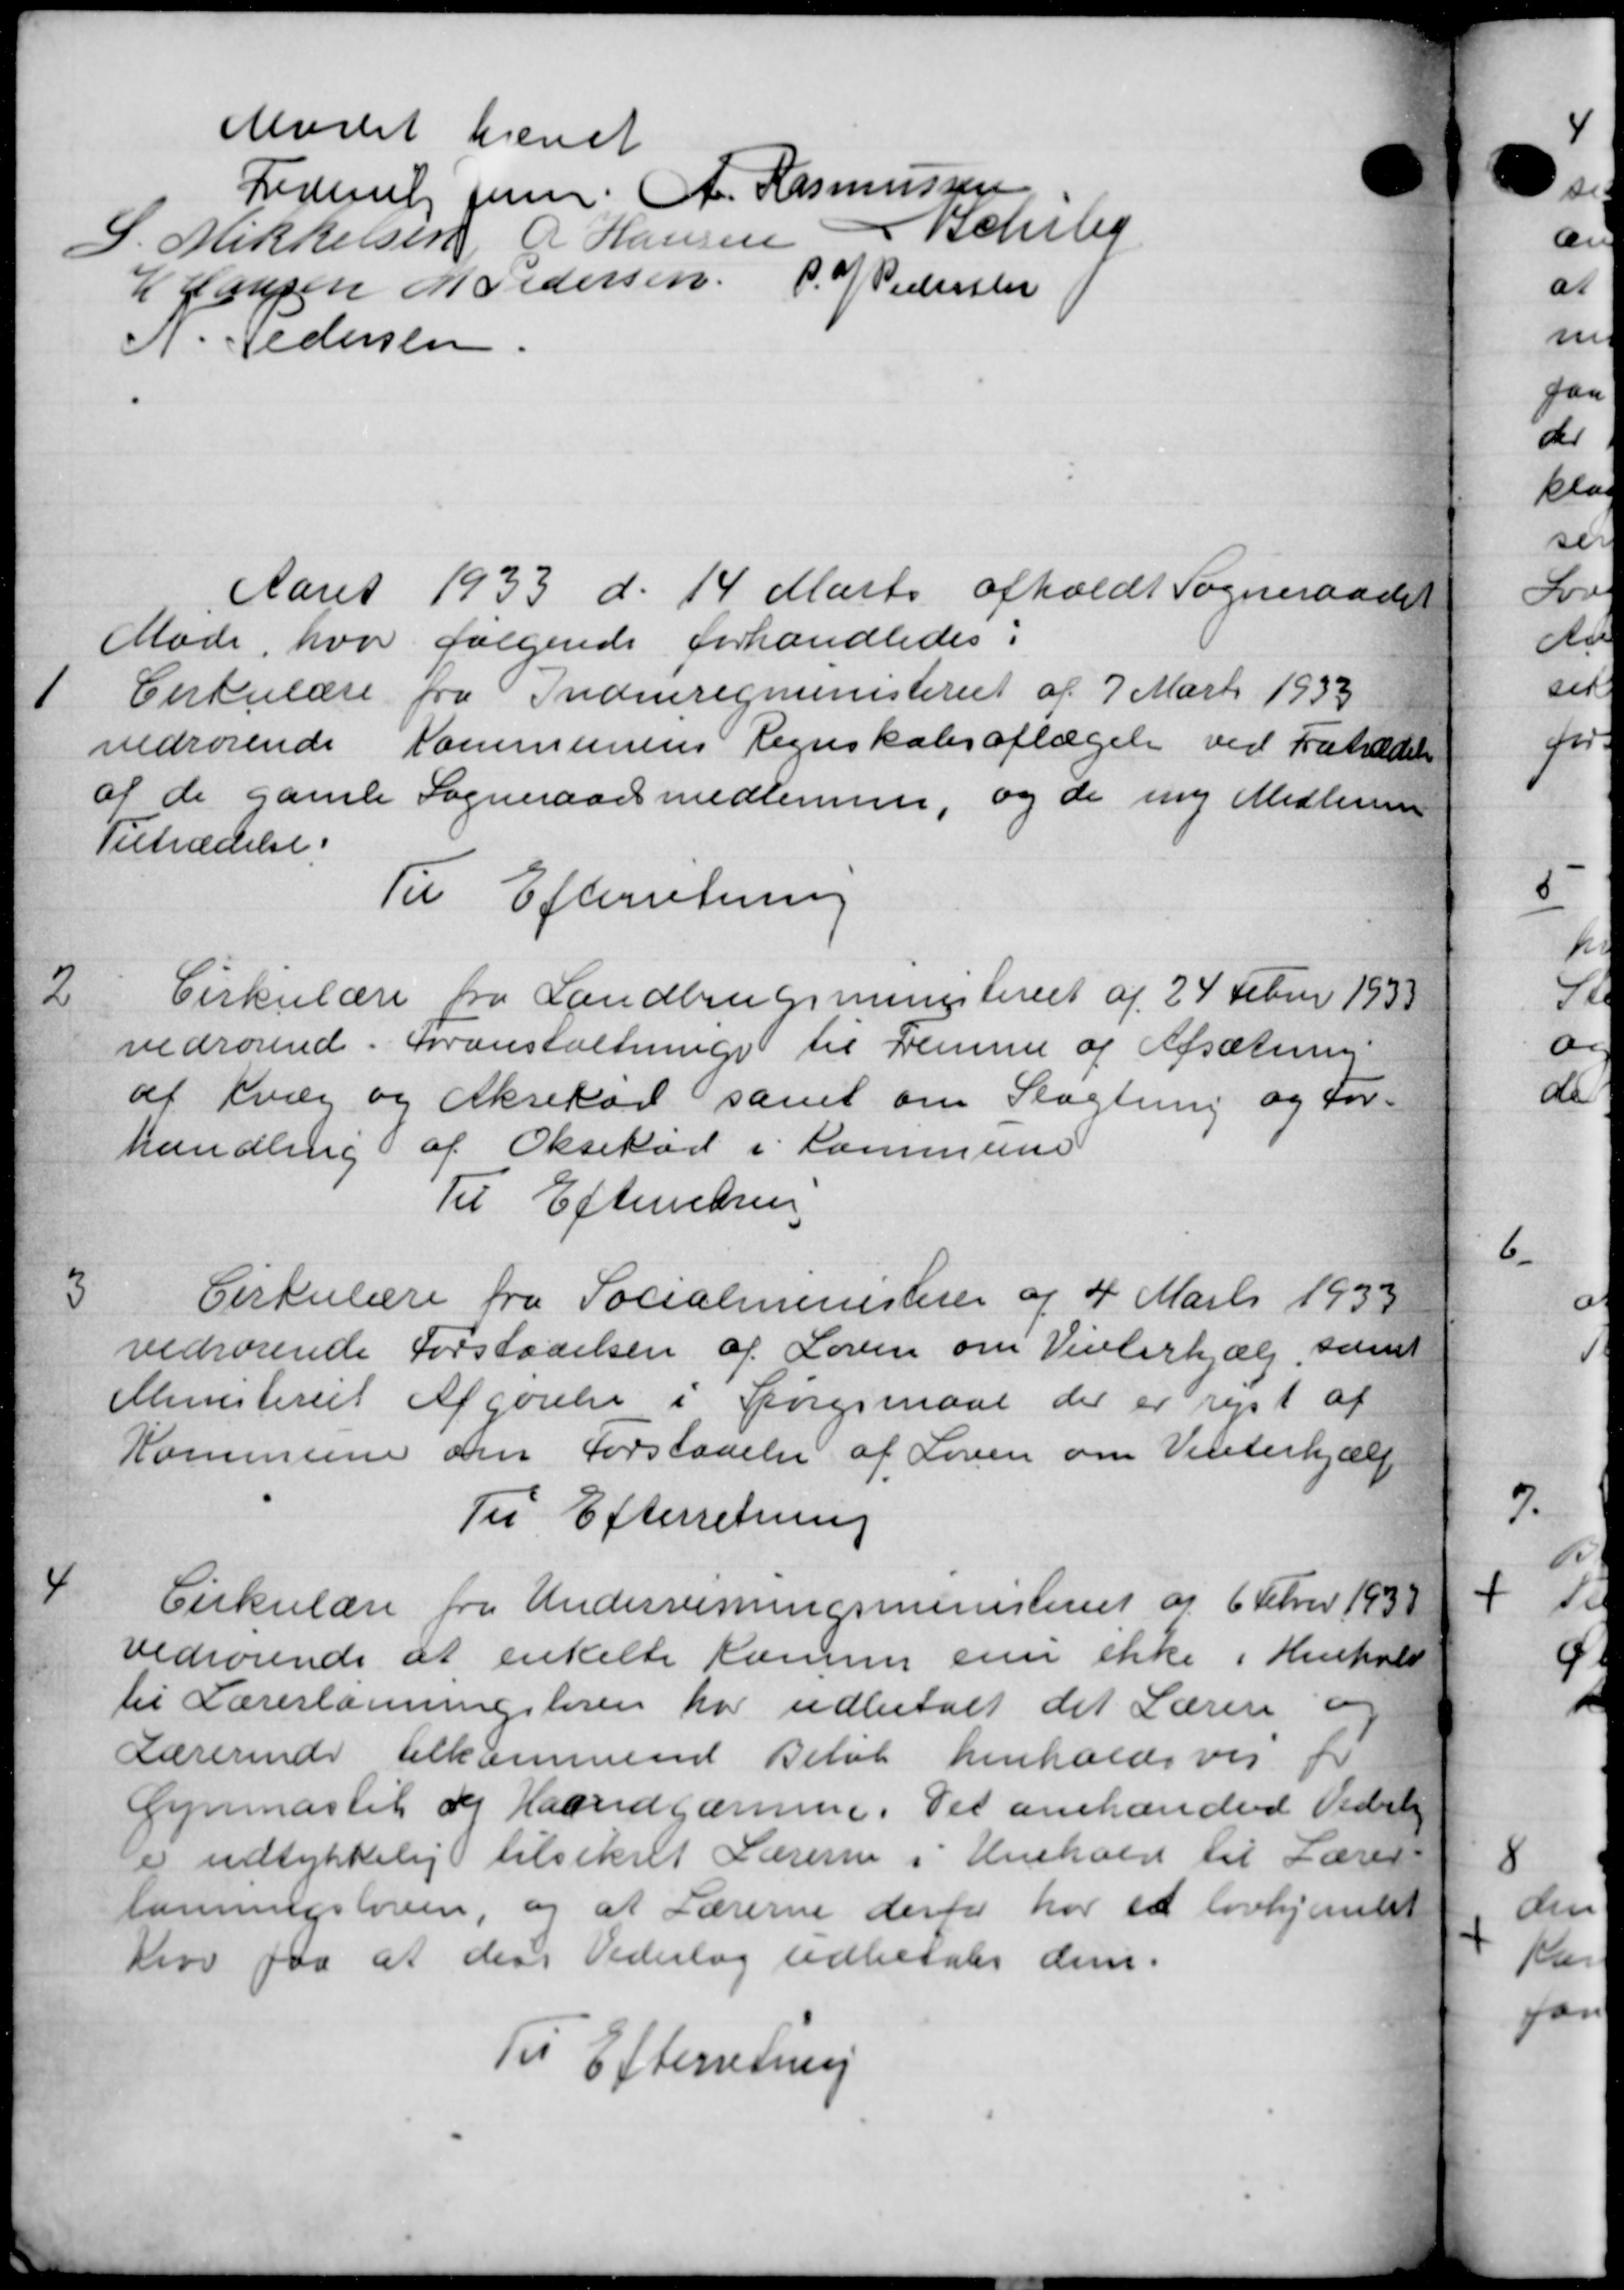
Transskription:
Mødet hævet
Frederik Jensen, A. Rasmussen
S. Mikkelsen C Hansen
Bchrby
H Hansen M Pedersen P. J. Pedersen
P. Pedersen
Aaret 1933 d. 14 Marts afholdt Sogneraadet
Møde, hvor følgende forhandledes:

Cirkulære fra Indenrigministeriet af 7 Marts 1933
vedrørende Kommunens Regnskabsaflægelse ved Fratrædelse
af de gamle Sogneraadsmedlemmer, og de ny Medlemmer
Tiltrædelse.
Til Efterretning

Cirkulære fra Landbrugsministeriet af 24 Febr 1933
vedrørende. Foranstaltning til Fremme og Afsætning
af Kvæg og Aksekød samt om Slagtning og For-
handling af Oksekød i Kommune
Til Efterretning

Cirkulære fra Socialministeren af 4 Marts 1933
vedrørende Forstadelsen af Loven om Vinterhjælp, samt
Ministeriet Afgørelse i Spørgsmaal der er rejst af
Kommune om Forstaaelse af Loven om Vinterhjælp
Til Efterretning

Cirkulære fra Undervisningsministeriet og 6 Februr 1938
vedrørende at enkelte Komme en ikke i Henhold
til Lærerlønningsloven har udbetalt det Lærere o
Lærerinder tilkommende Beløb henholdsvis fr
Gymnastik og Haandgærmme. Til anehandlede Vederli
Der udstykkelig tilsikret Lærerne i Henhold til Lærer
lønningsloven, og at Lærerne derfor har et lovhjente
Krov for at den Vederlag udbetales dem.
Til Efterretning